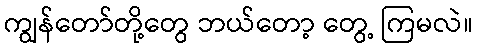
ကျွန်တော်တို့တွေ ဘယ်တော့ တွေ့ ကြမလဲ။